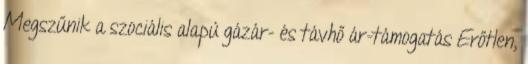
Megszűnik a szociális alapú gázár- és távhő ár-támogatás Erőtlen,